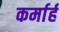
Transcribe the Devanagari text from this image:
कर्मार्ह